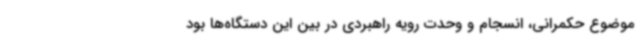
موضوع حکمرانی، انسجام و وحدت رویه راهبردی در بین این دستگاه‌ها بود